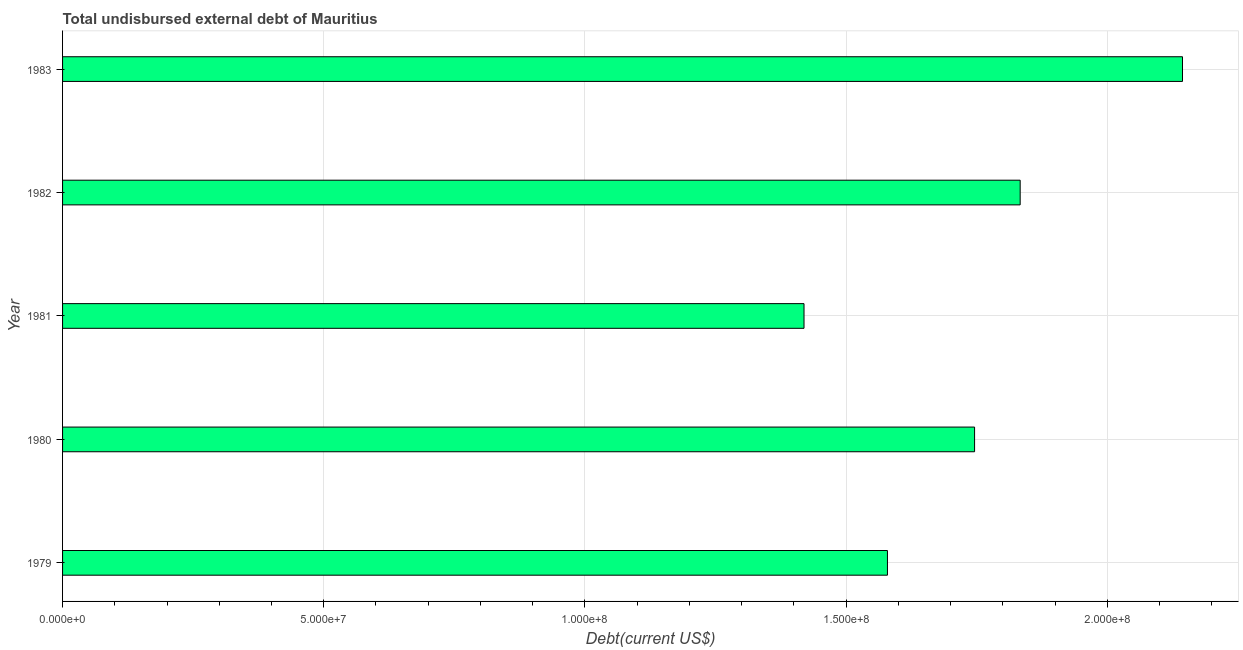
| Year | Total debt |
 | --- | --- |
 | 1979 | 1.58e+08 |
 | 1980 | 1.75e+08 |
 | 1981 | 1.42e+08 |
 | 1982 | 1.83e+08 |
 | 1983 | 2.14e+08 |